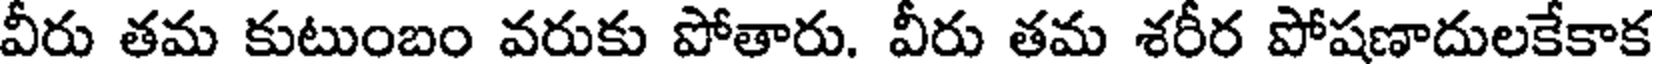
వీరు తమ కుటుంబం వరుకు పోతారు. వీరు తమ శరీర పోషణాదులకేకాక